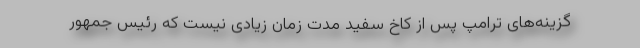
گزینه‌های ترامپ پس از کاخ سفید مدت زمان زیادی نیست که رئیس جمهور